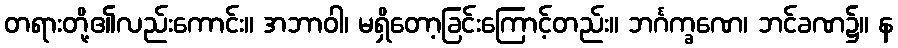
တရားတို့၏လည်းကောင်း။ အဘာဝါ၊ မရှိတော့ခြင်းကြောင့်တည်း။ ဘင်္ဂက္ခဏေ၊ ဘင်ခဏ၌။ န